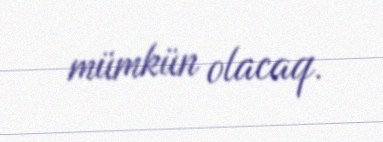
mümkün olacaq.